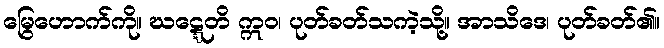
မြွေဟောက်ကို။ ဃဋ္ဋေတိ ဣဝ၊ ပုတ်ခတ်သကဲ့သို့။ အာသိဒေ၊ ပုတ်ခတ်၏။